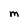
Character: M